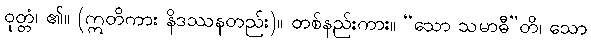
ဝုတ္တံ၊ ၏။ (ဣတိကား နိဒဿနတည်း)။ တစ်နည်းကား။ “သော သမာဓီ”တိ၊ သော